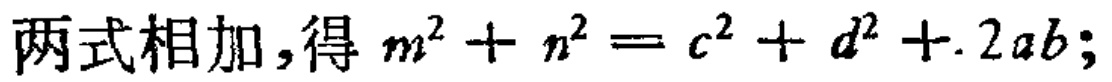
两式相加,得 \(m^{2}+n^{2}=c^{2}+d^{2}+2ab;\)